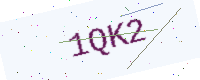
Text: 1QK2